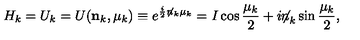
H _ { k } = U _ { k } = U ( { \bf n } _ { k } , \mu _ { k } ) \equiv e ^ { \frac i 2 \not { n } _ { k } \mu _ { k } } = I \cos { \frac { \mu _ { k } } 2 } + i { { \not \! \! n } _ { k } } \sin { \frac { \mu _ { k } } 2 } ,